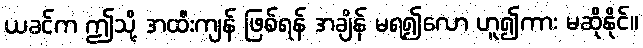
ယခင်က ဤသို့ အထီးကျန် ဖြစ်ရန် အချိန် မရ၍လော ဟူ၍ကား မဆိုနိုင်။